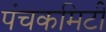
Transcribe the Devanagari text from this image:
पंचकमिटी